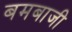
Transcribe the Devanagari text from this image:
बमबाजी